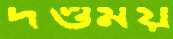
দণ্ডময়